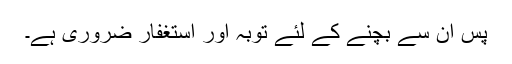
پس ان سے بچنے کے لئے توبہ اور استغفار ضروری ہے۔